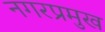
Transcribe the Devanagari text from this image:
नगरप्रमुख